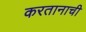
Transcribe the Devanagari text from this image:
करतानाची